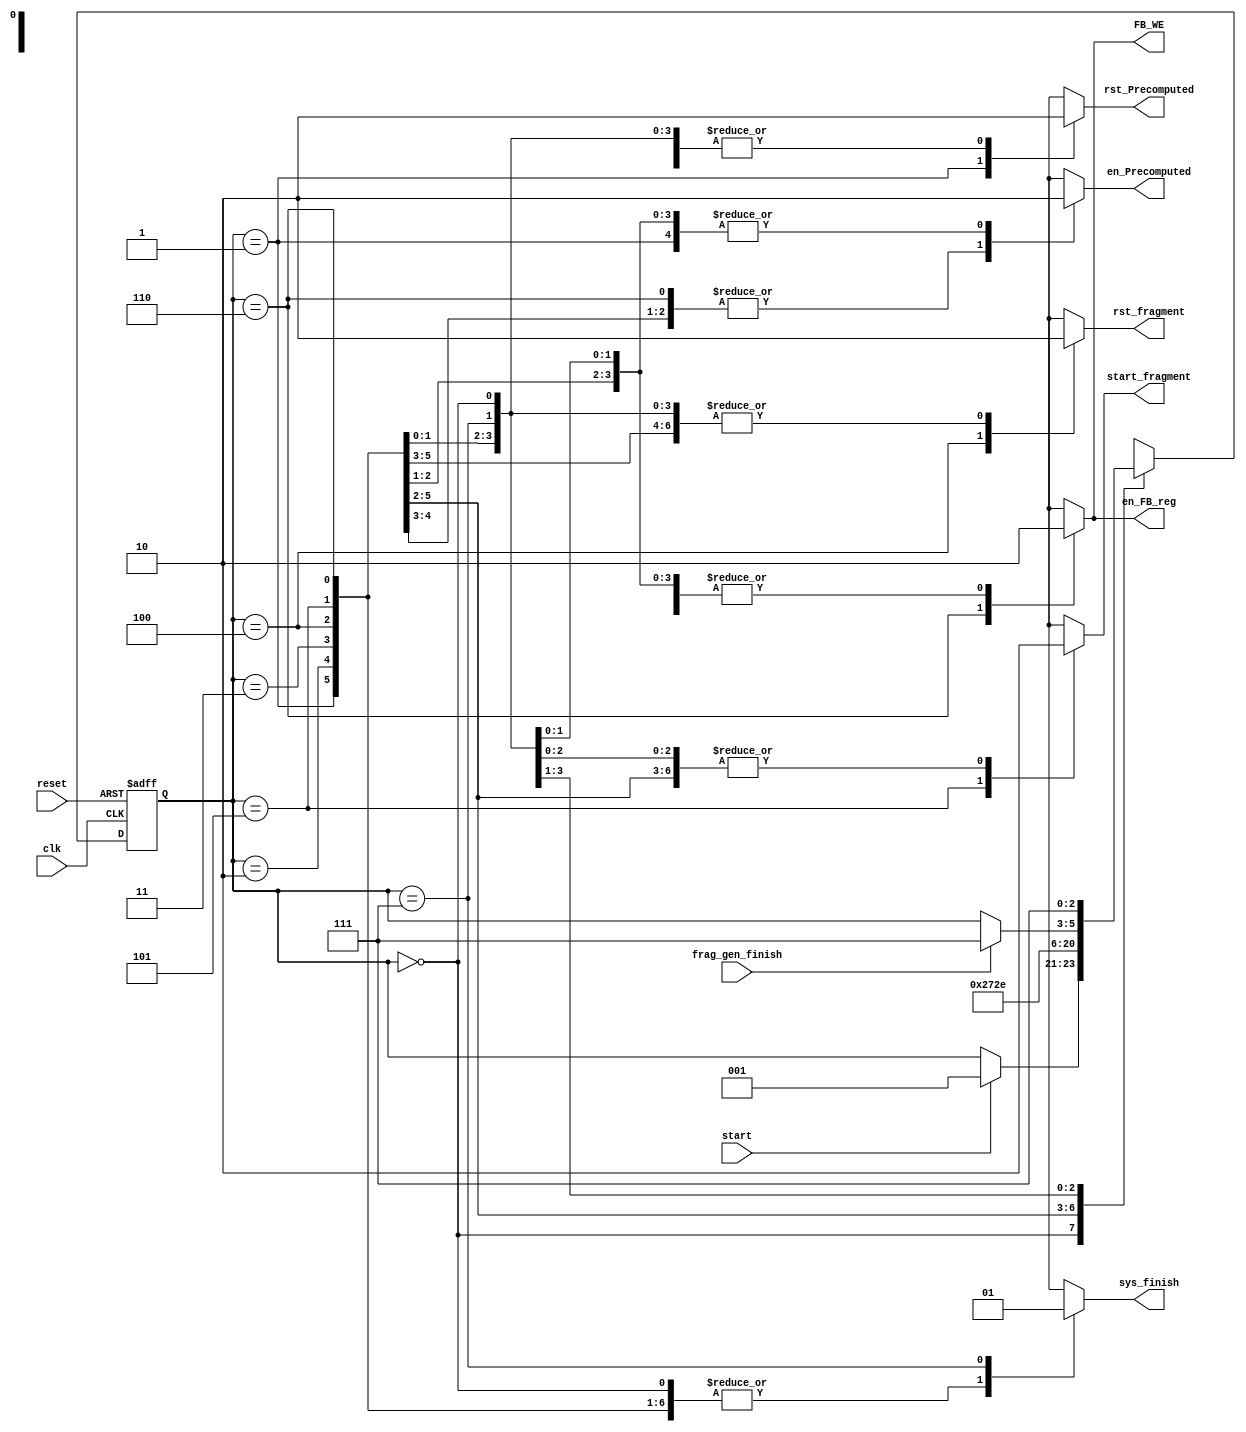
module line_drawing_controller(
// input signals
   clk,
	reset,
	start,
	frag_gen_finish,
// output signals
	FB_WE,
	start_fragment,
	rst_fragment,
	en_Precomputed,
	rst_Precomputed,
	en_FB_reg,
	sys_finish
);

input    clk,reset,start,frag_gen_finish;
output reg	FB_WE,start_fragment,rst_fragment,en_Precomputed,rst_Precomputed,en_FB_reg,sys_finish;

// define my states
	reg [2:0] state, nstate;
	parameter init				     = 3'd0,
				 reset_precomputed  = 3'd1,
				 wait_precomputed_1 = 3'd2,
				 wait_precomputed_2 = 3'd3,
				 reset_frag_gen     = 3'd4,
				 start_frag_gen     = 3'd5,
				 wait_frag_gen      = 3'd6,
				 finish             = 3'd7;
				 
// sequential logic
	always @(posedge clk or posedge reset)			 
	begin
		if(reset)
			state <= init;
		else
			state <= nstate;
	end	
	
// Combinational logic
	always @(state or start or frag_gen_finish)
	begin
		nstate = state;
		
		FB_WE = 1'b0;
		start_fragment = 1'b0;
		rst_fragment = 1'b0;
		en_Precomputed = 1'b0;
		rst_Precomputed = 1'b0;
		en_FB_reg = 1'b0;
		sys_finish = 1'b0;
			
		case(state)
		init: begin
					if(start)
						nstate = reset_precomputed;
					end
				
		reset_precomputed: begin
									rst_Precomputed = 1'b1;
									
									nstate = wait_precomputed_1;
		
								 end
								 
	   wait_precomputed_1: begin
									 en_Precomputed = 1'b1;
									 
									 nstate = wait_precomputed_2;
		                    end
								  
	   wait_precomputed_2: begin
									 en_Precomputed = 1'b1;
									 
									 nstate = reset_frag_gen;
		                    end
								  
	   reset_frag_gen: begin
								rst_fragment = 1'b1;
								
								nstate = start_frag_gen;
		
		                end
							 
	   start_frag_gen: begin
								start_fragment = 1'b1;
								
								nstate = wait_frag_gen;
		
		               end
							
	   wait_frag_gen: begin
								FB_WE = 1'b1;
								en_FB_reg = 1'b1;
								en_Precomputed = 1'b1;
								if(frag_gen_finish) nstate = finish;
		
		               end
							
				 finish: begin
								sys_finish = 1'b1;
								
								nstate = finish;
							end
		endcase
	
	end
endmodule